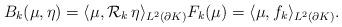
LaTeX: \begin{align*}B_k(\mu,\eta) = \langle \mu, \mathcal{R}_k \, \eta \rangle_{L^{2}(\partial K)}F_k(\mu) = \langle \mu, f_k \rangle_{L^{2}(\partial K)}.\end{align*}